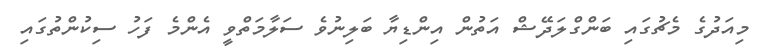
މިއަދުގެ މެޗުގައި ބަންގްލަދޭޝް އަތުން އިންޑިޔާ ބަލިނުވެ ސަލާމަތްވީ އެންމެ ފަހު ސިކުންތުގައި